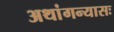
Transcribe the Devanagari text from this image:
अथांगन्यासः